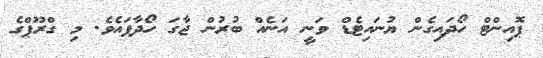
ޕޮއިންޓް ހޯދައިގެން ޔުނައިޓެޑް ވަނީ އަނެއް ބުރުން ޖާގަ ހޯދާފައެވެ. މި ގްރޫޕްގެ